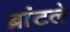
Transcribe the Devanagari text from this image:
ब्रांटले